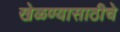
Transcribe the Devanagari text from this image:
खेळण्यासाठीचे